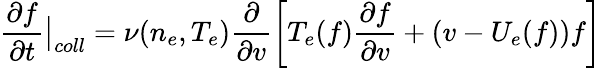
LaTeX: \frac{\partial f}{\partial t}\bigr\rvert_{coll}=\nu(n_{e},T_{e})\frac{\partial}{\partial v}\left[T_{e}(f)\frac{\partial f}{\partial v}+(v-U_{e}(f))f\right]